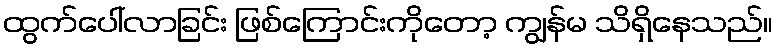
ထွက်ပေါ်လာခြင်း ဖြစ်ကြောင်းကိုတော့ ကျွန်မ သိရှိနေသည်။